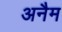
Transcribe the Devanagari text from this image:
अनैम